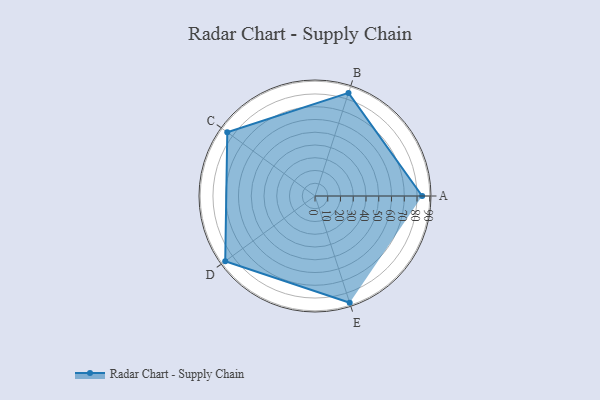
{"axis": {"x": "Skill", "y": "Score"}, "legend": ["Profile"], "data": [{"x": "A", "y": 84.0, "type": "Profile"}, {"x": "B", "y": 85.0, "type": "Profile"}, {"x": "C", "y": 85.0, "type": "Profile"}, {"x": "D", "y": 87.0, "type": "Profile"}, {"x": "E", "y": 88.0, "type": "Profile"}]}